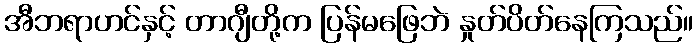
အီဘရာဟင်နှင့် တာဂျီတို့က ပြန်မဖြေဘဲ နှုတ်ပိတ်နေကြသည်။